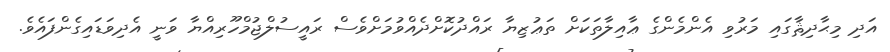
އަދި މިޙާދިޘާގައި މަރުވި އެންމެންގެ ޢާއިލާތަކަށް ތަޢުޒިޔާ ރައްދުކޮށްދެއްވުމަށްވެސް ރައީސުލްޖުމްހޫރިއްޔާ ވަނީ އެދިވަޑައިގެންފައެވެ.